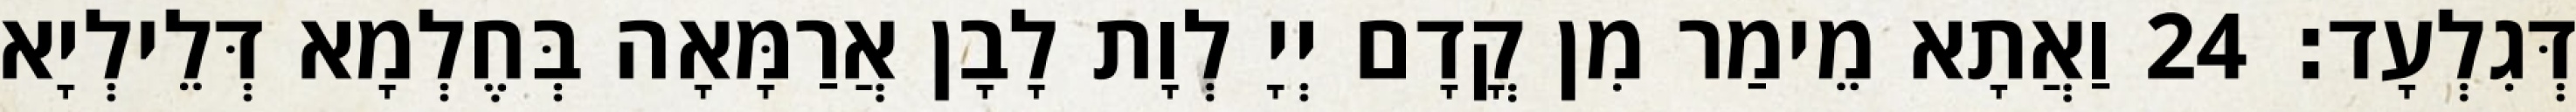
דְּגִלְעָד׃ 24 וַאֲתָא מֵימַר מִן קֳדָם יְיָ לְוָת לָבָן אֲרַמָּאָה בְּחֶלְמָא דְּלֵילְיָא